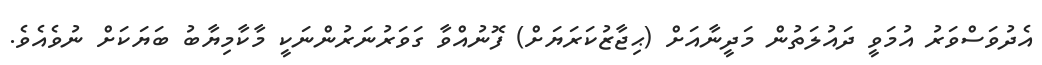
އެދުވަސްވަރު އުމަވީ ދައުލަތުން މަދީނާއަށް (ޙިޖާޒުކަރަޔަށް) ފޮނުއްވާ ގަވަރުނަރުންނަކީ މާކާމިޔާބު ބަޔަކަށް ނުވެއެވެ.